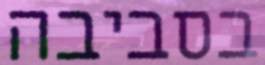
בסביבה